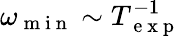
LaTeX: \omega_{\mathrm{~m~i~n~}}\sim T_{\mathrm{~e~x~p~}}^{-1}